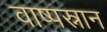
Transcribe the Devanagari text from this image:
वाष्पस्नान